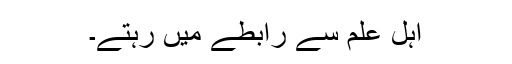
اہل علم سے رابطے میں رہتے۔